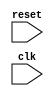
module reset_block (
    input wire reset,
    input wire clk
);

reg internal_state;

always @(posedge reset) begin
    // Code to initialize or reset internal variables and logic
    internal_state <= 0;
    
    // Additional code to update internal state accordingly
    // Add your own code here
end

endmodule